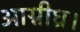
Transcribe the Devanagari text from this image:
आग्नीध्र।